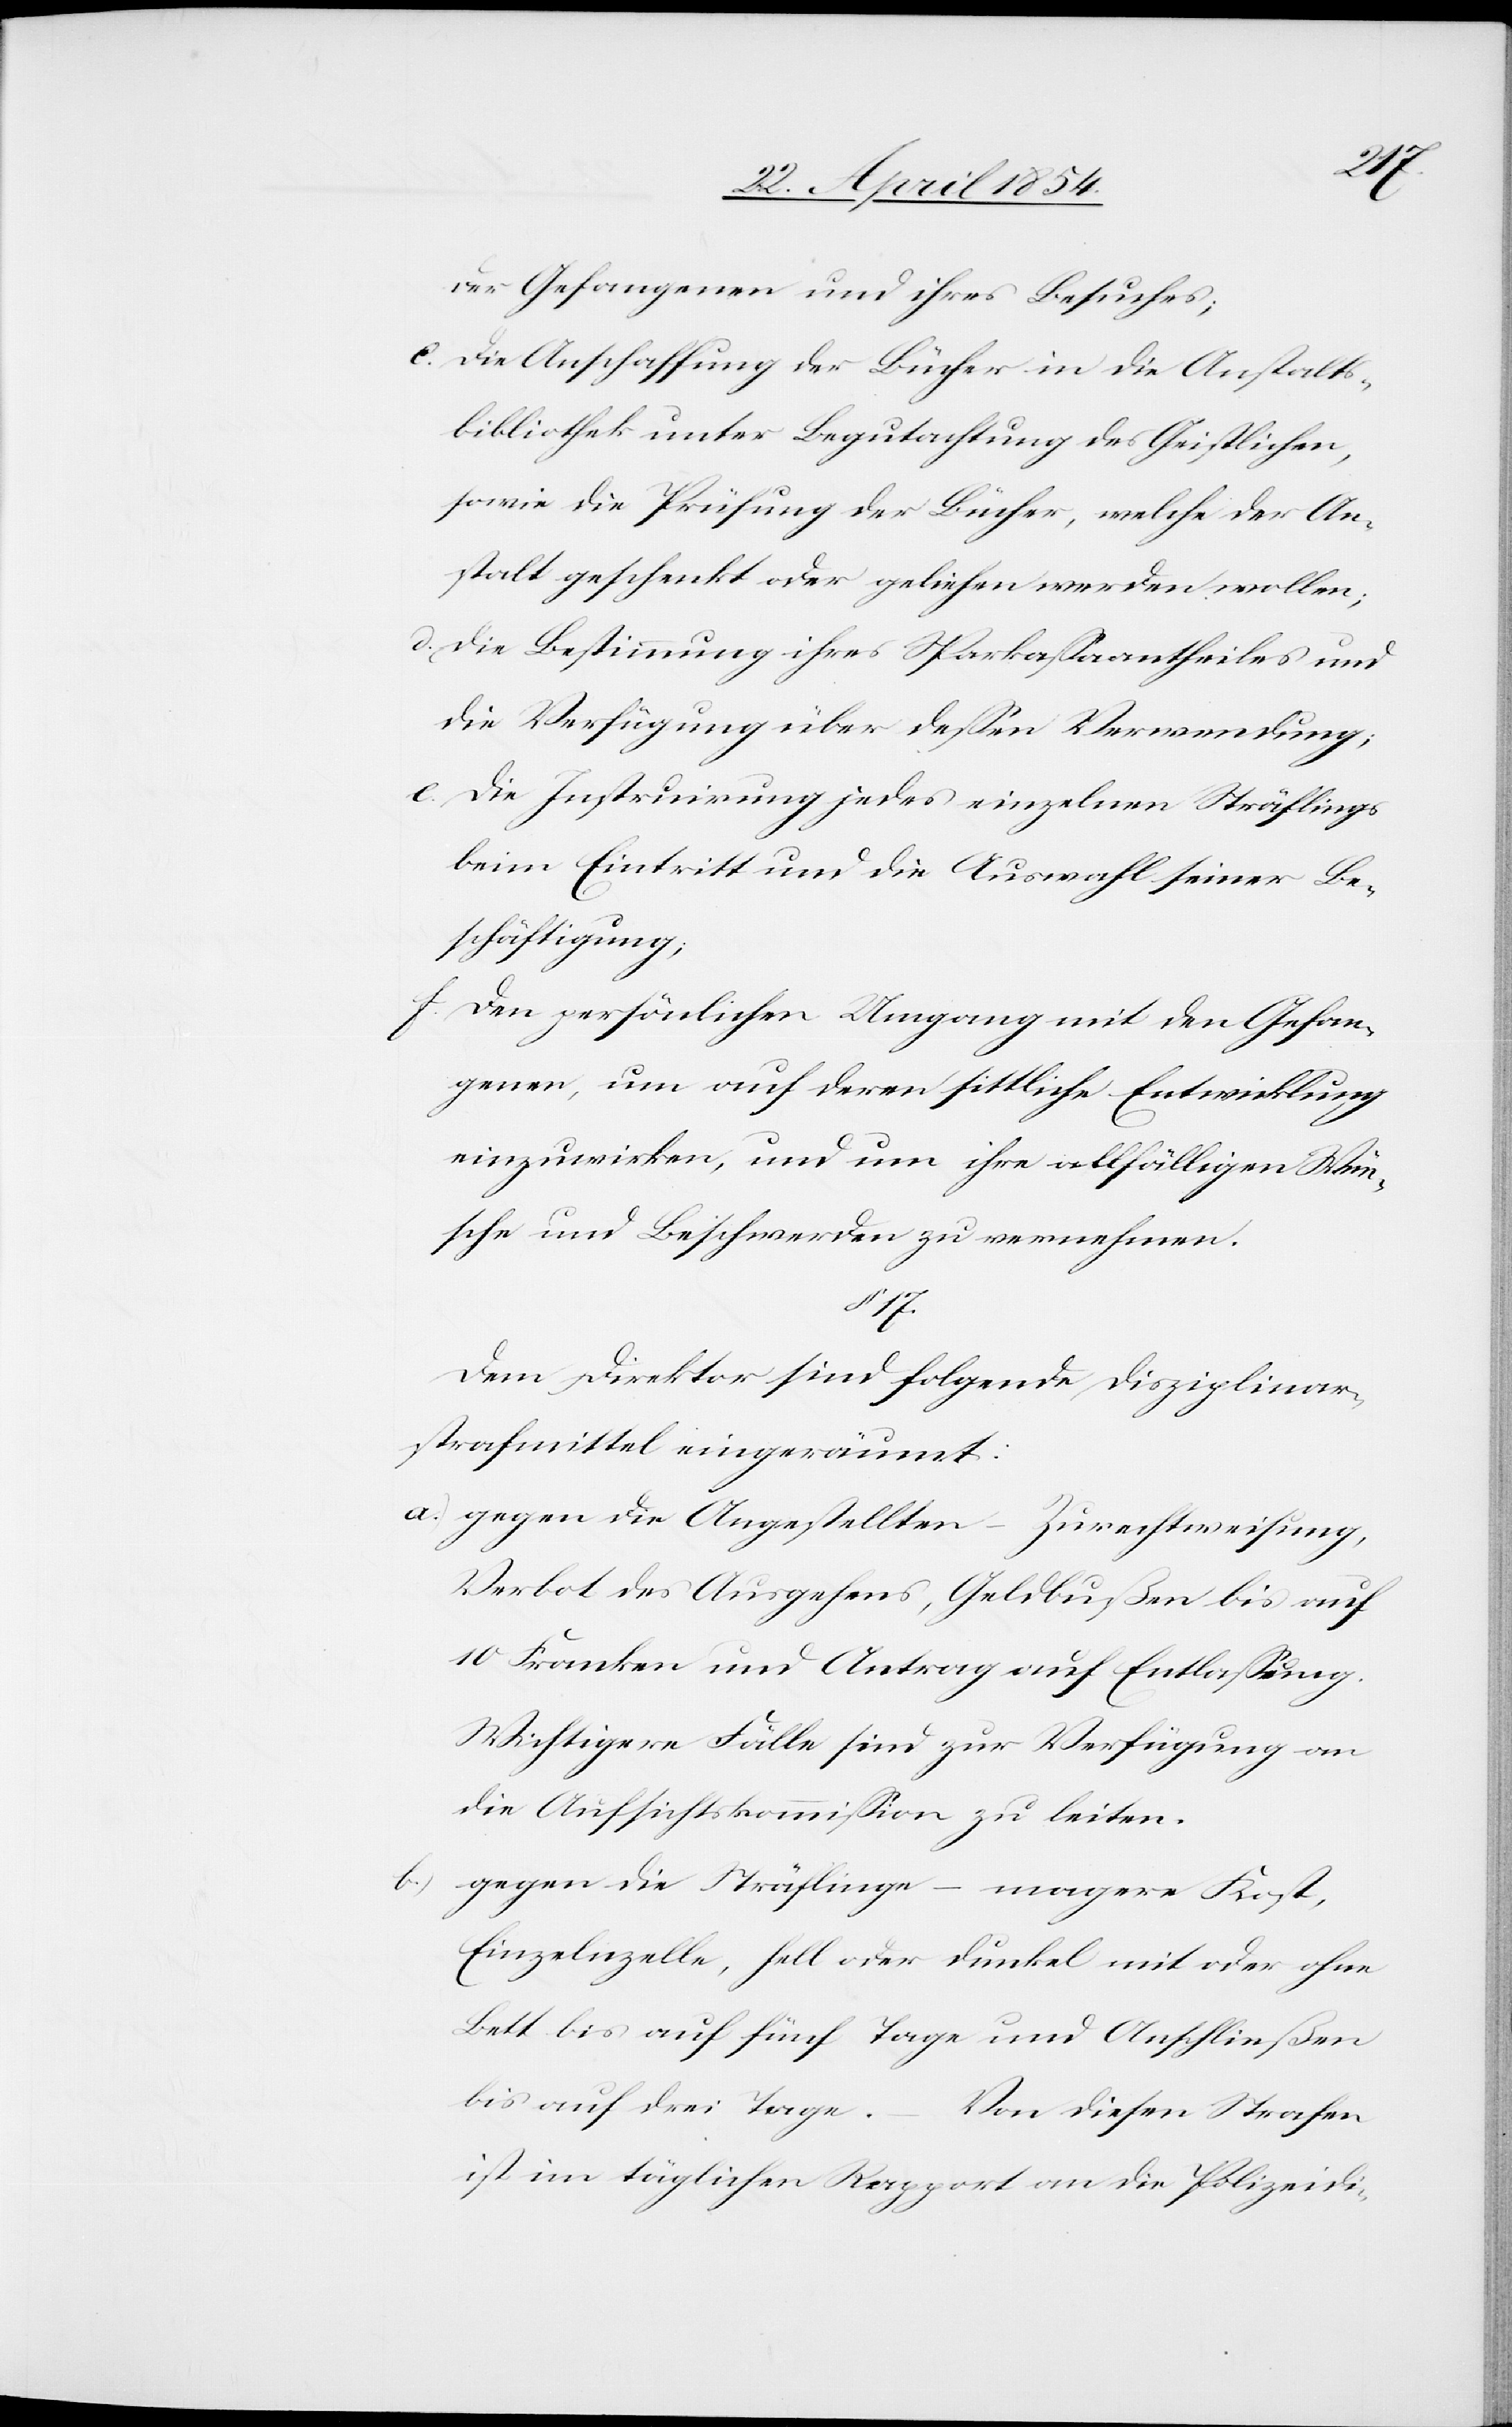
der Gefangenen und ihres Besuches;
c. die Anschaffung der Bücher in die Anstalts¬
bibliothek unter Begutachtung des Geistlichen,
sowie die Prüfung der Bücher, welche der An¬
stalt geschenkt oder geliehen werden wollen;
d. die Bestimmung ihres Sparkaßaantheiles und
die Verfügung über deßen Verwendung;
e. die Instruirung jedes einzelnen Sträflings
beim Eintritt und die Auswahl seiner Be¬
schäftigung;
f. den persönlichen Umgang mit den Gefan¬
genen, um auf deren sittliche Entwicklung
einzuwirken, und um ihre allfälligen Wün¬
sche oder Beschwerden zu vernehmen.
17.
Dem Direktor sind folgende Disziplinar¬
strafmittel eingeräumt:
a.) gegen die Angestellten – Zurechtweisung,
Verbot des Ausgehens, Geldbußen bis auf
10 Franken und Antrag auf Entlaßung.
Wichtigere Fälle sind zur Verfügung an
die Aufsichtskommißion zu leiten.
b.) gegen die Sträflinge – magere Kost,
Einzelzelle, hell oder dunkel mit oder ohne
Bett bis auf fünf Tage und Anschließen
bis auf drei Tage. – Von diesen Strafen
ist im täglichen Rapport an die Polizeidi-